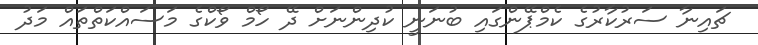
ޗައިނާ ސަރުކާރުގެ ކެމްޕޭންގައި ބުނަނީ ކުދިންނަށް ދޭ ހޯމް ވޯކްގެ މަސައްކަތްތައް މަދު